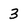
Character: 3